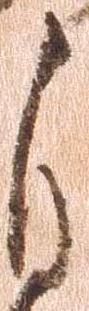
自